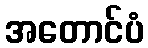
အတောင်ပံ